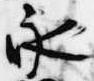
永